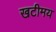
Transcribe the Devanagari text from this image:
खटीमय